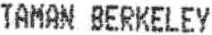
TAMAN BERKELEY